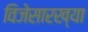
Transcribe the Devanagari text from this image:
विजेसारख्या